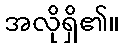
အလိုရှိ၏။